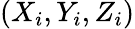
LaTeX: (X_{i},Y_{i},Z_{i})